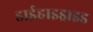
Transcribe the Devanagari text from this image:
डाईहाइड्राइड